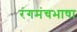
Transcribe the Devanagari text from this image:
रंगमंचभाषा